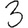
Digit: 3